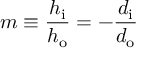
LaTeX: m \equiv { \frac { h _ { \mathrm { i } } } { h _ { \mathrm { o } } } } = - { \frac { d _ { \mathrm { i } } } { d _ { \mathrm { o } } } }